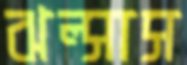
ঝল্‌সাস